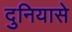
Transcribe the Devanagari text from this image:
दुनियासे